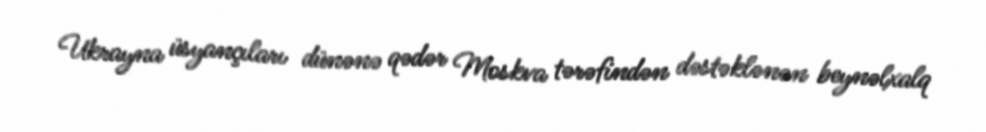
Ukrayna üsyançıları dünənə qədər Moskva tərəfindən dəstəklənən beynəlxalq